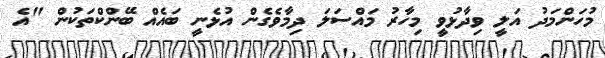
މުހަންމަދު އަލީ ވިދާޅުވީ މިހާރު މައްސަލަ ދިމާވެގެން އުޅެނީ ބައެއް ބޭންކްތަކުން "އެ